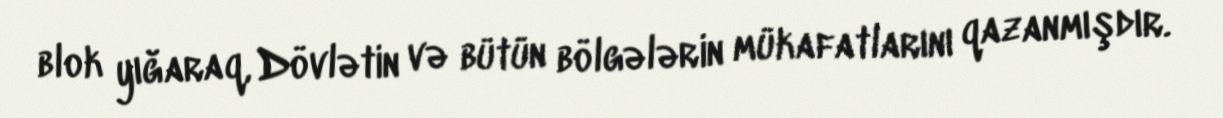
blok yığaraq, Dövlətin və bütün bölgələrin mükafatlarını qazanmışdır.